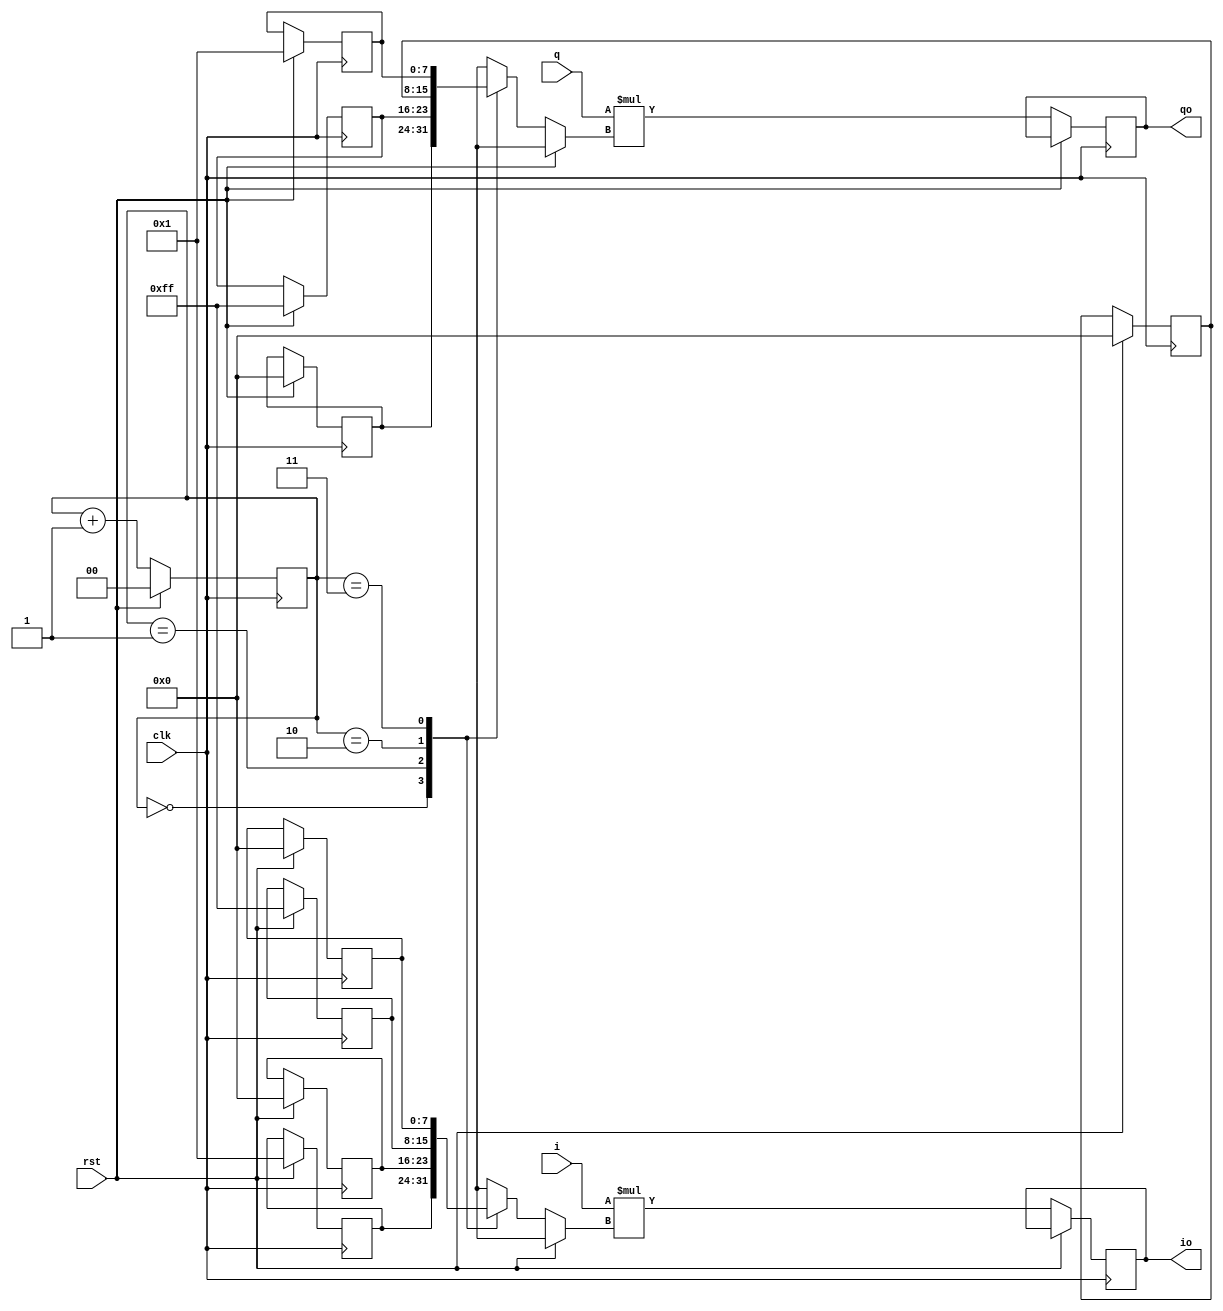
											 //-----------------------------------------------------------------------------
//
// Title       : iq_quarta_mix
// Design      : list1
// Company     : nasa
//
//-----------------------------------------------------------------------------
//
// Generated   : Thu Oct  4 10:13:40 2018
// From        : interface description file
// By          : Itf2Vhdl ver. 1.22
//
//-----------------------------------------------------------------------------
//
// Description : 
//
//-----------------------------------------------------------------------------
`timescale 1 ns / 1 ps

//{{ Section below this comment is automatically maintained
//   and may be overwritten
//{module {iq_quarta_mix}}
module iq_quarta_mix2 (
	output wire signed [15:0] io,
	output wire signed [15:0] qo,
	input wire rst,
	input wire clk,
	input wire signed [15:0] i,
	input wire signed [15:0] q
);			

reg signed [7:0] ik [3:0];
reg signed [7:0] qk [3:0]; 
reg [1:0] index;	 

reg signed [15:0] iz;
reg signed [15:0] qz;

always @(posedge clk)
if (rst) 
	begin
		ik[0]<= 1;
		ik[1]<= 0;
		ik[2]<=-1;
		ik[3]<= 0;
			
		qk[0]<= 0;
		qk[1]<=-1;
		qk[2]<= 0;
		qk[3]<= 1;
		
		index<=0;
	end	 
else
begin
index<=index+1;
   
iz<=i*ik[index];
qz<=q*qk[index];
	
end

assign io=iz;
assign qo=qz;

endmodule